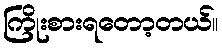
ကြိုးစားရတော့တယ်။